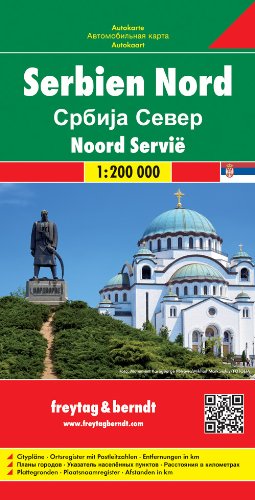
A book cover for Serbia North: FB.J145; Travel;